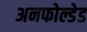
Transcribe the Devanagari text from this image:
अनफोल्डेड